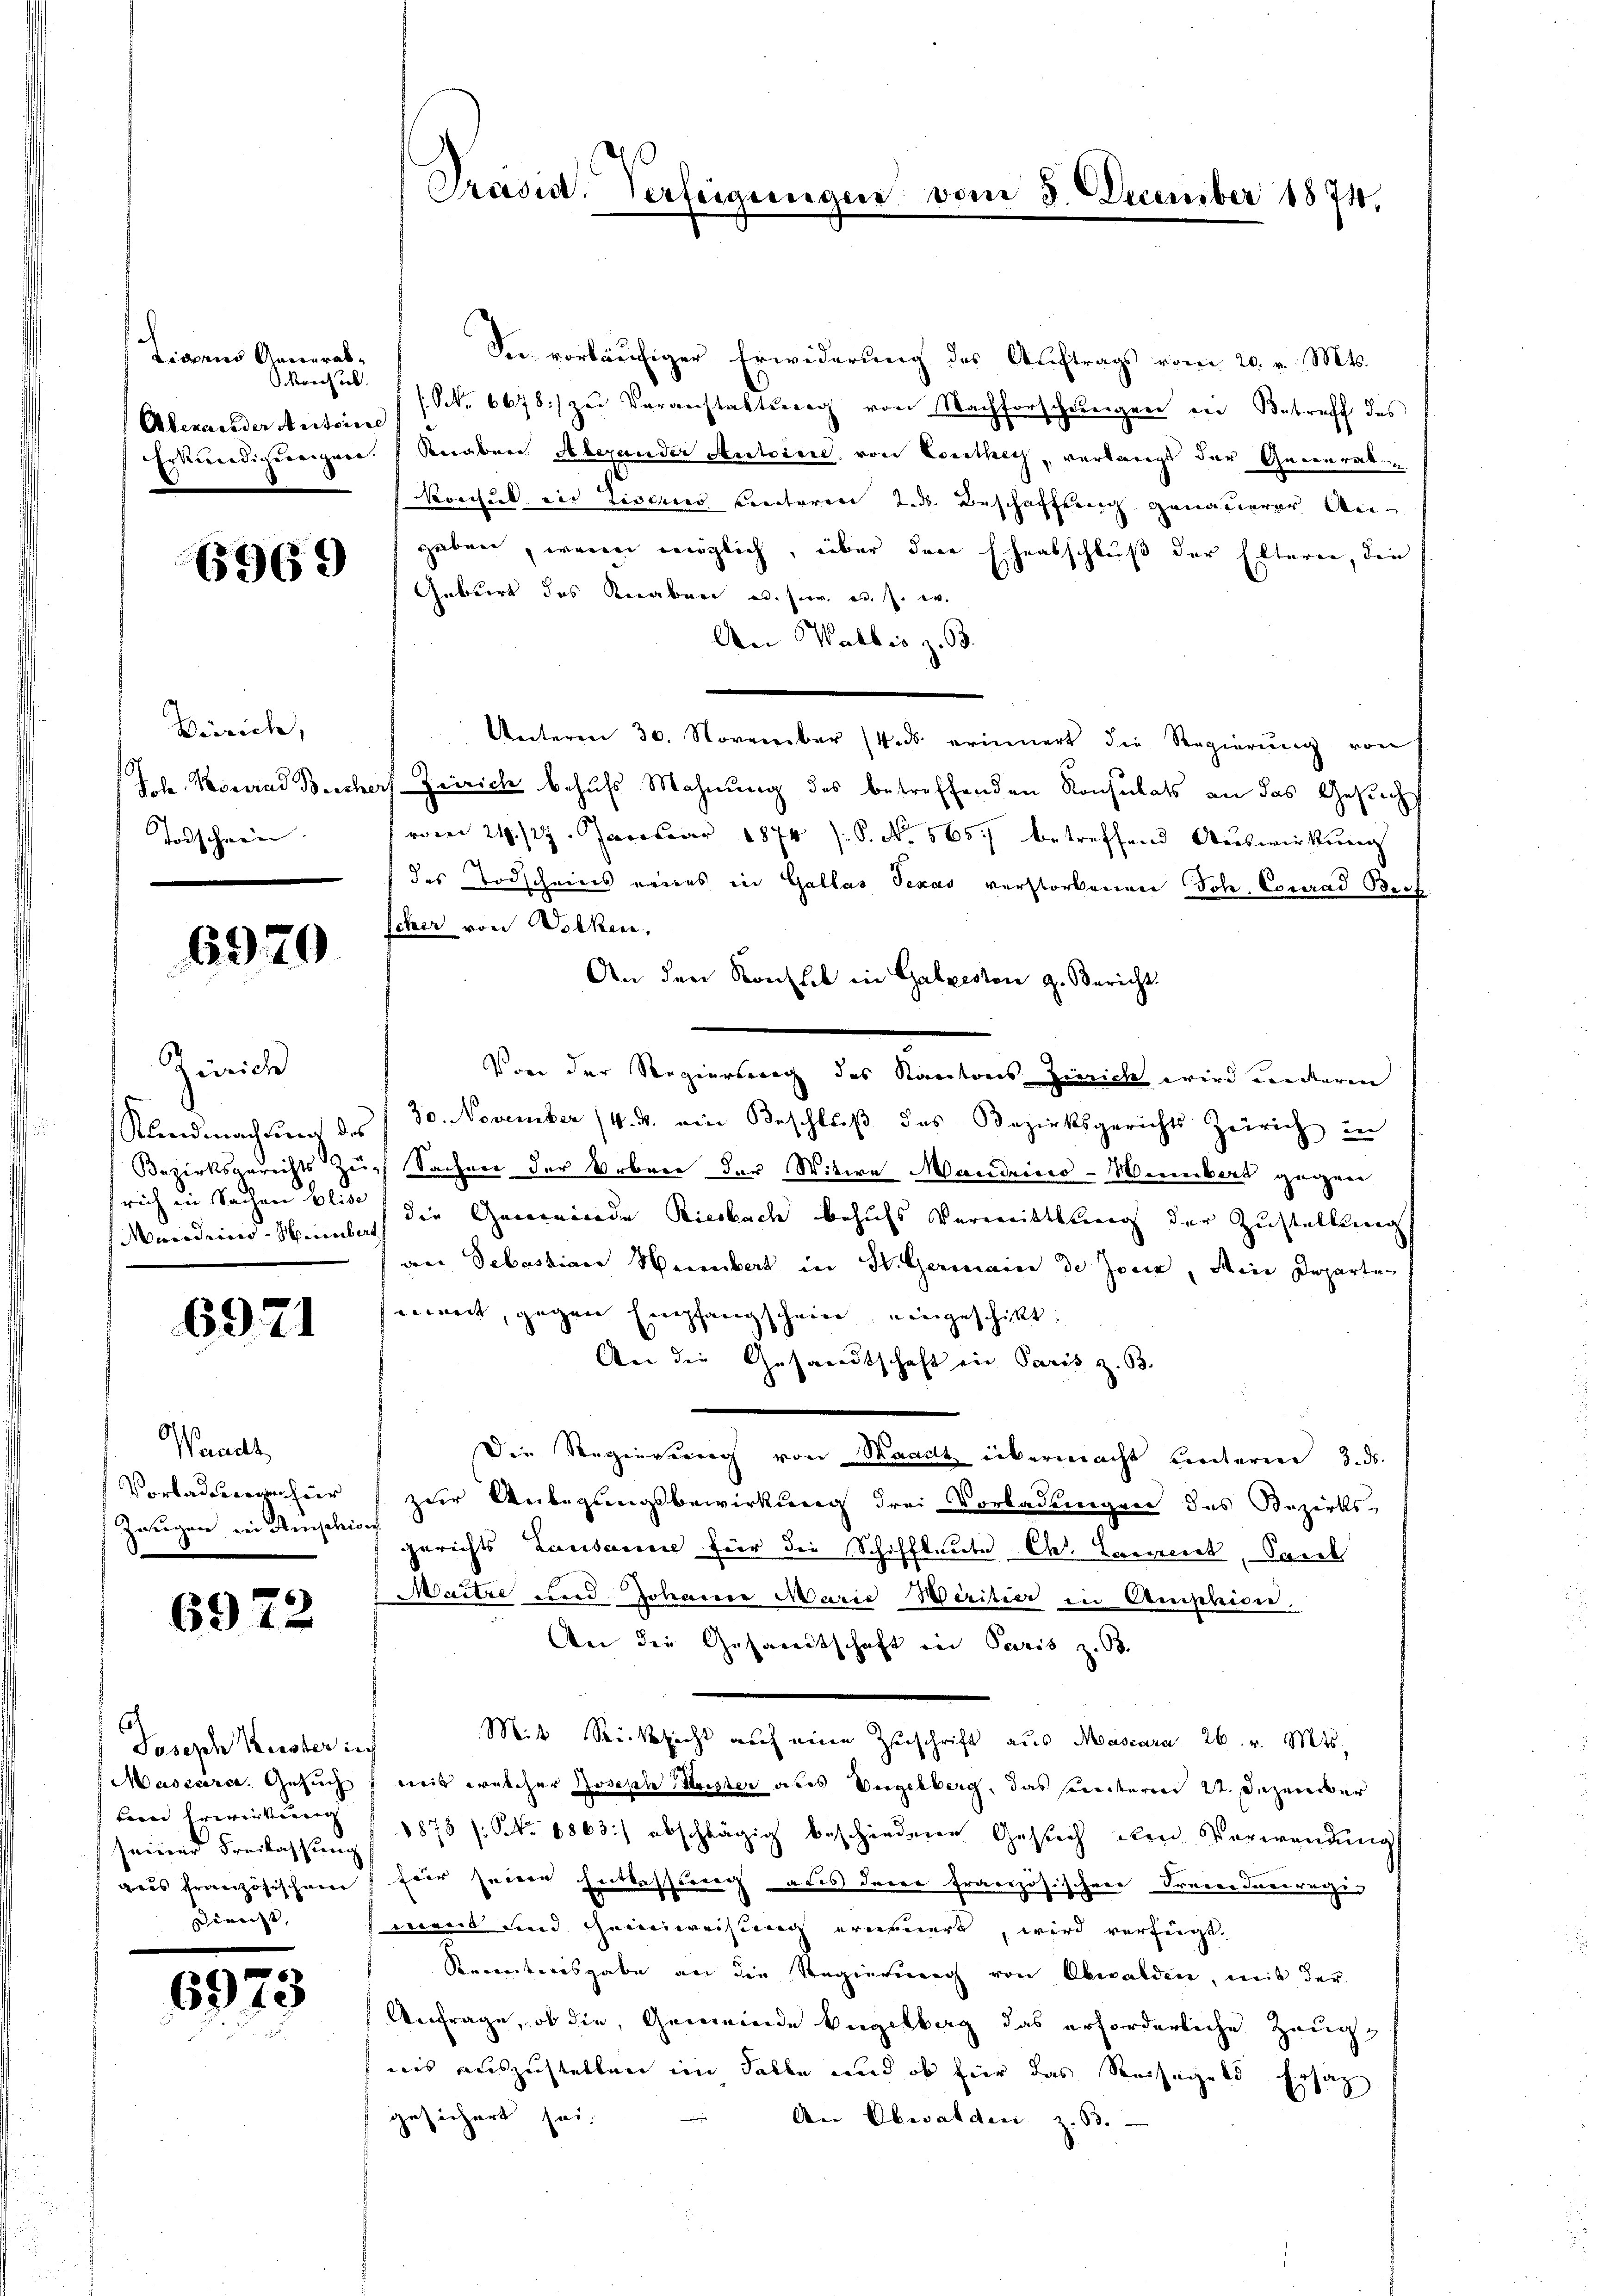
Lianus Generab¬
Monsil.
Alexander Autorie

6969

Bürrich,
Todschein. |

6970

Zürich
rich in Sachen Elise

6971

Waadt,
Vorladungen hier
Zeugen in Anschief

6972

Joseph Kuster ich
Mascarca, Gesuch
teine Erwirkung
seiner Freilassung
gis Französischei
Dienst |

69

Präsid. Verfeigengen

vom 5. December 1874.

Der vorläufiger Erwiderung des Auftrags vom 20. v. Mts.
(S. 6678:/ zu Veranstattsweg von Nachforschungen in Betreff des
Erkundigungen. Knaben Aberander Autoire von Conthey, verlangt der General-
Noccul in Fiscus Cantoren 2. ds. Beschaffung genauerer Angaben, wenn möglich, über der Eheabschluß der Eltern, die
Geburt des Knaben u. s. w. a. s. w.
An Walbis z. 93.
Unterm 30. November 14. ds. erinnert die Regierŭng von
Joh. Konrad Beschert Zürich behufs Mahnung des betreffenden Konsulats an das Gesuch
vom 21./27. Januar 1874 (S. No. 565. betreffend Auswirkung
(des Todscheins eines in Gallas Texas verstorbenen Joh. Conrad Bef
scher von Decken,
An den Konflik in Galgeston z. Bericht
Von der Regierung des Kantons Zierich wird unteren
Kundmachtung des 30. November (4. A. ein Beschluß des Bezirksgerichts Zürich in
Bezirksgerichts Zug Sachen der Orben der Witwe Mandeino-Weinbart gegen
Mandernd. Hinsich die Gemeinde Riesbach behufs Vermittlung der Zustellung
von Sebastian Herbert in H. Germain de Jone, die Departen
mmet, gegen Empfangschein eingeschickt.
An die Gesandtschaft ein Paris z. 63.
Die Regierung von Waadt übermacht unterm 3. ds.
zur Anbegangsbewirkung drei Vorladungen des Bezirks-
gerichts Lausanne für die Schiffleute Ch. Larneck, Paul
Maitre und Johanner Marie Weritier in Amption.
An die Gesandtschaft in Paris z. B.
Mit Rücksicht auf eine Zuschrift aus Mascara 26. v. Mts.
wis welcher Joseph Meister des Vngelberg, das somiteren 22. Dezember
1878 /: No 6863) abschlägig beschiedene Gesuch den Verwendung
für seine Entlassung aus derer Französischen Procendesregis
ment und Gemeisung erneuert, wird verfügt,
Secetarisgabe an die Regierung von Obwalden, mit der
Anfrage, ob die, Gemeinde Engeltag das erforderliche Zeug
nis auszustellen im Falle und ob hier das Reisegeld Ersatz
gesichert sei.
An Obwalden z. 53.